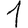
Digit: 1